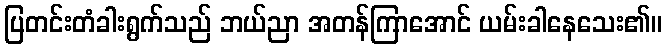
ပြတင်းတံခါးရွက်သည် ဘယ်ညာ အတန်ကြာအောင် ယမ်းခါနေသေး၏။